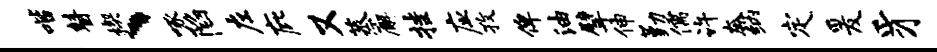
喈瞽楔、啄陷左庇又蒸廨挂应孜俾油擘伸勤儒许奔纳定爰豸